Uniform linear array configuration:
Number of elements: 64
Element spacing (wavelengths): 0.25
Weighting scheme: hann
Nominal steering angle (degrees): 0
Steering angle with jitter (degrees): -1.275
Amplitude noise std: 0.05
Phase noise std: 0.05

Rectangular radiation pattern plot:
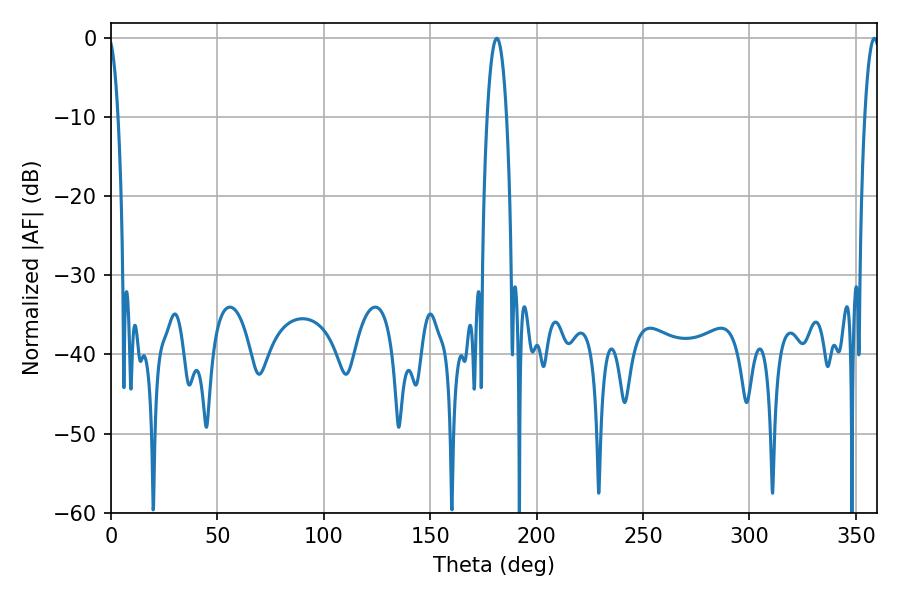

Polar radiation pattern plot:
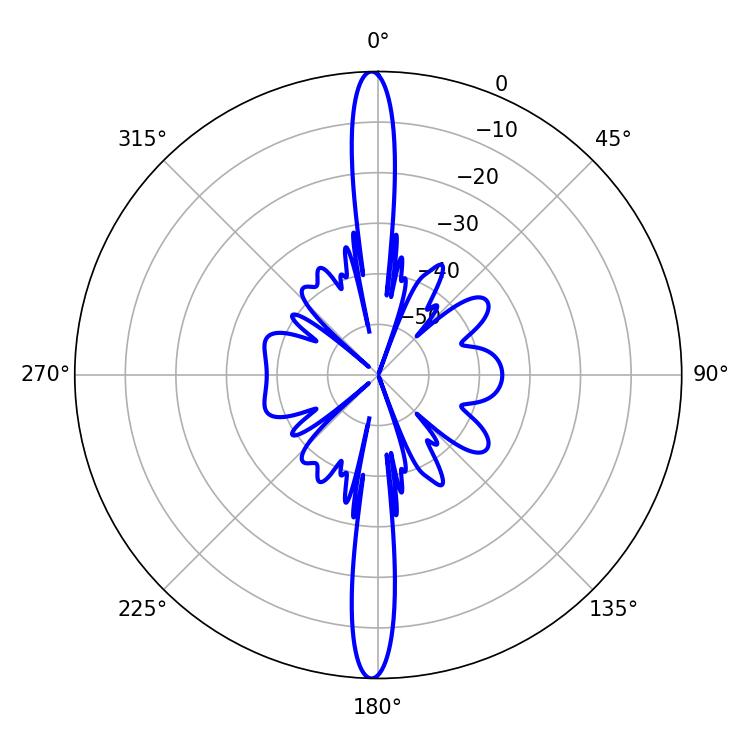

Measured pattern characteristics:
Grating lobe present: FALSE
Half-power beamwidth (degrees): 5.04
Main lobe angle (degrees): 181.26